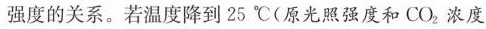
强度的关系。若温度降到25℃(原光照强度和CO_{2}浓度